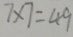
7 \times 7 = 4 9